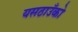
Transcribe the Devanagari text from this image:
यसठाउँको